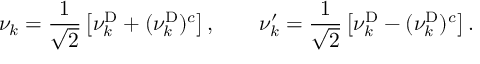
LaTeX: \nu _ { k } = \frac { 1 } { \sqrt 2 } \left[ \nu _ { k } ^ { \mathrm { D } } + ( \nu _ { k } ^ { \mathrm { D } } ) ^ { c } \right] , \qquad \nu _ { k } ^ { \prime } = \frac { 1 } { \sqrt 2 } \left[ \nu _ { k } ^ { \mathrm { D } } - ( \nu _ { k } ^ { \mathrm { D } } ) ^ { c } \right] .